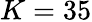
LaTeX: K=35